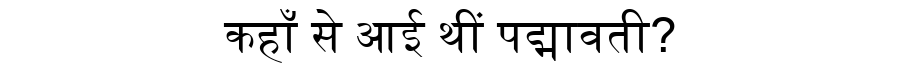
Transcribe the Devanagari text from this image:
कहाँ से आई थीं पद्मावती?